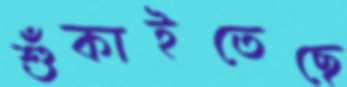
শুঁকাইতেছে